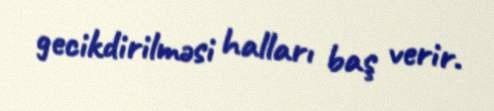
gecikdirilməsi halları baş verir.